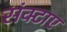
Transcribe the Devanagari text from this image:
संक्टाए